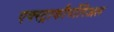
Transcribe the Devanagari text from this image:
एक्स्ट्राकौर्पोरिअल